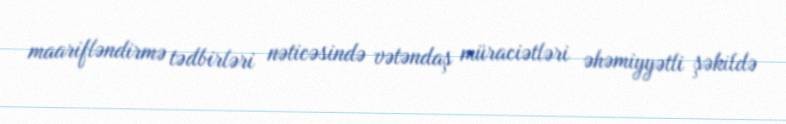
maarifləndirmə tədbirləri nəticəsində vətəndaş müraciətləri əhəmiyyətli şəkildə